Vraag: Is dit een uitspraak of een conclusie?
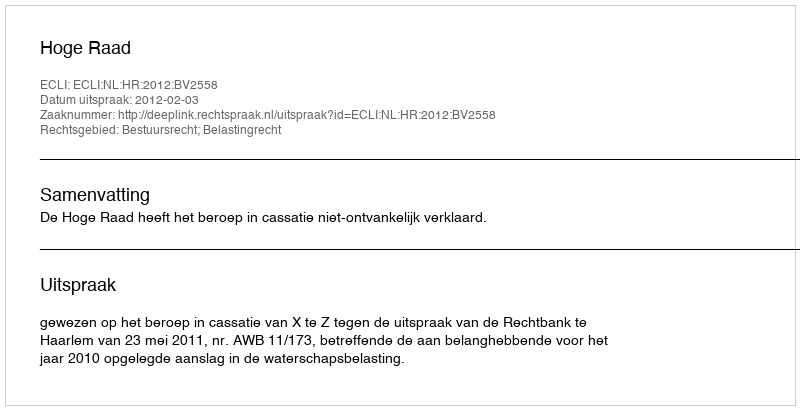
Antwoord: Uitspraak